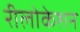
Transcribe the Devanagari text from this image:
रीलोकेशन